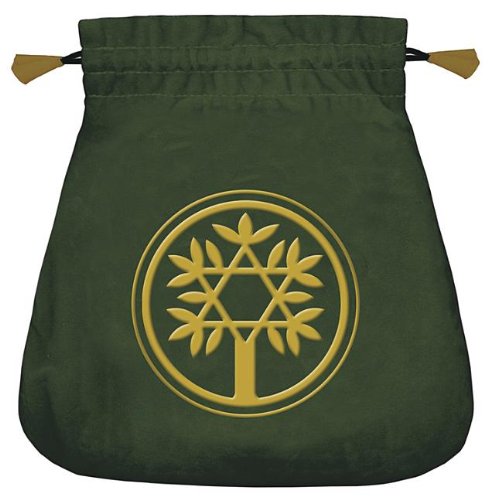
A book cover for Celtic Tree Velvet Tarot Bag; Lo Scarabeo; Religion & Spirituality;